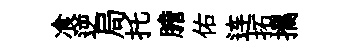
飡逆局托膽佑连拓攜